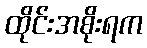
ထိုင်းအစိုးရက